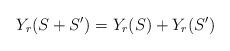
LaTeX: \begin{align*} Y_r(S+S')=Y_r(S)+Y_r(S') \end{align*}